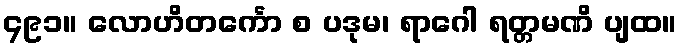
၄၉၁။ လောဟိတင်္ကော စ ပဒုမ၊ ရာဂေါ ရတ္တမဏိ ပျထ။